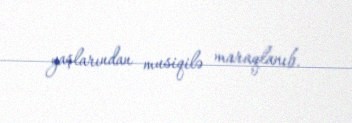
yaşlarından musiqilə maraqlanıb.